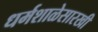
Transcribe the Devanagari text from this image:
धर्मशाळेसारखी